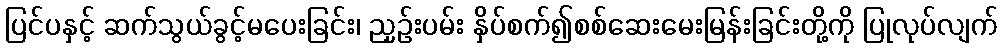
ပြင်ပနှင့် ဆက်သွယ်ခွင့်မပေးခြင်း၊ ညှဉ်းပမ်း နှိပ်စက်၍စစ်ဆေးမေးမြန်းခြင်းတို့ကို ပြုလုပ်လျက်